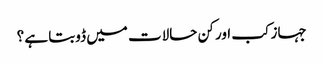
جہاز کب اور کن حالات میں ڈوبتا ہے ؟